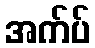
အက်ပ်